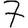
Digit: 7